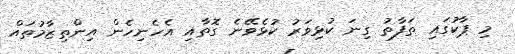
މި ޕާކުގައި ތަފާތު ގިނަ ކުޅިވަރު ކުޅެވޭނެ ގޮތާއި އެހެނިހެން އިންތިޒާމުތައް